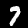
Label: 7